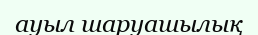
ауыл шаруашылық